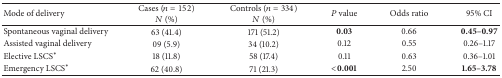
<table><thead><tr><td><b>Mode of delivery</b></td><td><b>Cases (<i>n</i> = 152)<i>N</i> (%)</b></td><td><b>Controls (<i>n</i> = 334)<i>N</i> (%)</b></td><td><b><i>P</i> value</b></td><td><b>Odds ratio</b></td><td><b>95% CI</b></td></tr></thead><tbody><tr><td>Spontaneous vaginal delivery</td><td>63 (41.4)</td><td>171 (51.2)</td><td><b>0.03</b></td><td>0.66</td><td><b>0.45–0.97</b></td></tr><tr><td>Assisted vaginal delivery</td><td>09 (5.9)</td><td>34 (10.2)</td><td>0.12</td><td>0.55</td><td>0.26–1.17</td></tr><tr><td>Elective LSCS*</td><td>18 (11.8)</td><td>58 (17.4)</td><td>0.11</td><td>0.63</td><td>0.36–1.01</td></tr><tr><td>Emergency LSCS*</td><td>62 (40.8)</td><td>71 (21.3)</td><td><b>&lt;0.001</b></td><td>2.50</td><td><b>1.65–3.78</b></td></tr></tbody></table>